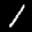
Label: 1